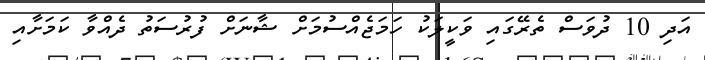
އަދި 10 ދުވަސް ތެރޭގައި ވަކީލަކު ހަމަޖެއްސުމަށް ޝާނަށް ފުރުސަތު ދެއްވާ ކަމަށާއި